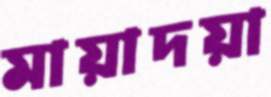
মায়াদয়া